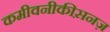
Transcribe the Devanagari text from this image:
कमीवनीकीस़नज़